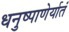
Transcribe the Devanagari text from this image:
धनुष्पाणेर्यातं